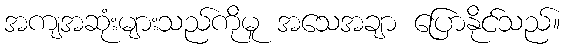
အကျအဆုံးများသည်ကိုမူ အသေအချာ ပြောနိုင်သည်။